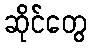
ဆိုင်တွေ